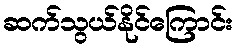
ဆက်သွယ်နိုင်ကြောင်း